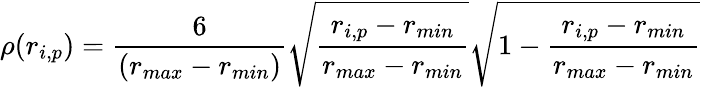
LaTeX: \rho(r_{i,p})=\frac{6}{(r_{max}-r_{min})}\sqrt{\frac{r_{i,p}-r_{min}}{r_{max}-r_{min}}}\sqrt{1-\frac{r_{i,p}-r_{min}}{r_{max}-r_{min}}}